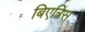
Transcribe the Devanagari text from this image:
बिएत्रिस